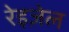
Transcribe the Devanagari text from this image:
रेइज़ेल